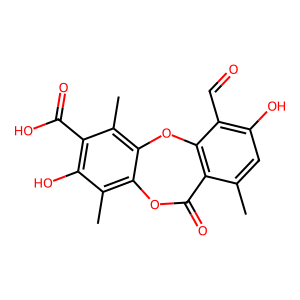
SMILES: Cc1cc(O)c(C=O)c2c1C(=O)Oc1c(C)c(O)c(C(=O)O)c(C)c1O2
Inhibits HIV replication: No